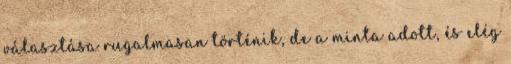
választása rugalmasan történik, de a minta adott, és elég